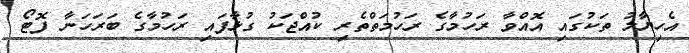
އެހިޔާލު ތަކުގައި އޮއްވާ ރަހުމާގެ ރަހުމަތްތެރި ކުއްޖަކު ގުޅާފައި ރަހުމާގެ ބަރަހަނާ ފޮޓޯ